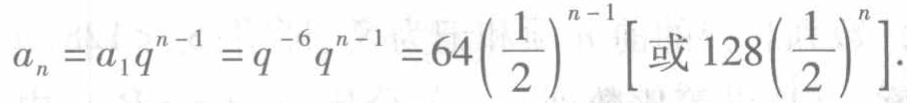
\(a_{n}=a_{1}q^{n - 1}=q^{-6}q^{n - 1}=64\left(\frac{1}{2}\right)^{n - 1}\left[\text{或 }128\left(\frac{1}{2}\right)^{n}\right].\)